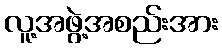
လူ့အဖွဲ့အစည်းအား